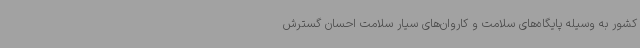
کشور به وسیله پایگاه‌های سلامت و کاروان‌های سیار سلامت احسان گسترش